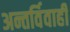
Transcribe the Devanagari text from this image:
अन्तर्विवाही